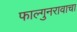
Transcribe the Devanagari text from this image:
फाल्गुनरावाचा